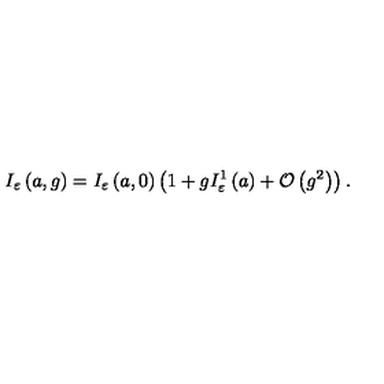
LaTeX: I _ { \varepsilon } \left( a , g \right) = I _ { \varepsilon } \left( a , 0 \right) \left( 1 + g I _ { \varepsilon } ^ { 1 } \left( a \right) + { \cal O } \left( g ^ { 2 } \right) \right) .